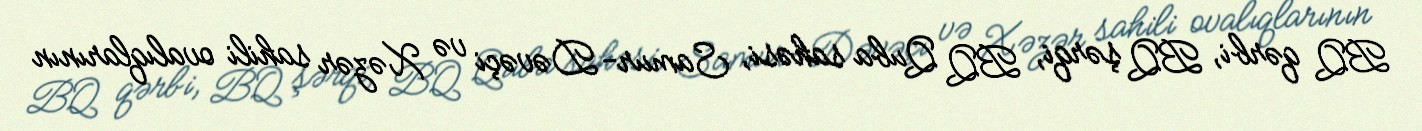
BQ qərbi, BQ şərqi, BQ Quba sahəsi, Samur-Dəvəçi və Xəzər sahili ovalıqlarının